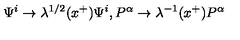
\Psi ^ { i } \rightarrow \lambda ^ { 1 / 2 } ( x ^ { + } ) \Psi ^ { i } , P ^ { \alpha } \rightarrow \lambda ^ { - 1 } ( x ^ { + } ) P ^ { \alpha }